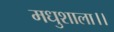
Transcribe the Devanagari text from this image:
मधुशाला।।